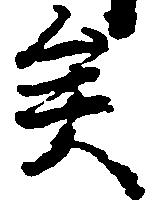
矣